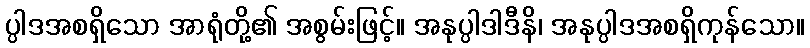
ပ္ပါဒအစရှိသော အာရုံတို့၏ အစွမ်းဖြင့်။ အနုပ္ပါဒါဒီနိ၊ အနုပ္ပါဒအစရှိကုန်သော။